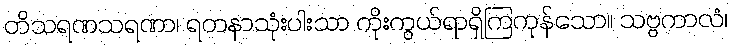
တိသရဏသရဏာ၊ ရတနာသုံးပါးသာ ကိုးကွယ်ရာရှိကြကုန်သော။ သဗ္ဗကာလံ၊